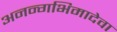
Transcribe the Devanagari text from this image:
अनन्गभिमादेवा